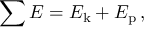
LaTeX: \sum E = E _ { \mathrm { k } } + E _ { \mathrm { p } } \, ,